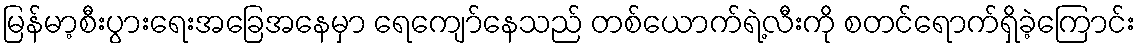
မြန်မာ့စီးပွားရေးအခြေအနေမှာ ရေကျော်နေသည် တစ်ယောက်ရဲ့လီးကို စတင်ရောက်ရှိခဲ့ကြောင်း